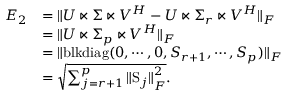
\begin{array} { r l } { E _ { 2 } } & { = \Vert U \ltimes \Sigma \ltimes V ^ { H } - U \ltimes \Sigma _ { r } \ltimes V ^ { H } \Vert _ { F } } \\ & { = \Vert U \ltimes \Sigma _ { p } \ltimes V ^ { H } \Vert _ { F } } \\ & { = \Vert \mathrm { b l k d i a g } ( 0 , \cdots , 0 , S _ { r + 1 } , \cdots , S _ { p } ) \Vert _ { F } } \\ & { = \sqrt { \sum _ { j = r + 1 } ^ { p } { \Vert \mathrm { S } _ { j } \Vert } _ { F } ^ { 2 } } . } \end{array}